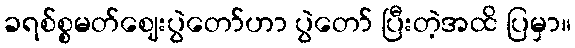
ခရစ်စ္စမတ်ဈေးပွဲတော်ဟာ ပွဲတော် ပြီးတဲ့အထိ ပြမှာ။